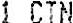
1 CTN